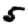
Digit: 5